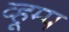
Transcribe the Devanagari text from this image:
व्हूम्प